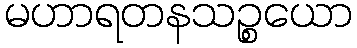
မဟာရတနသဉ္စယော